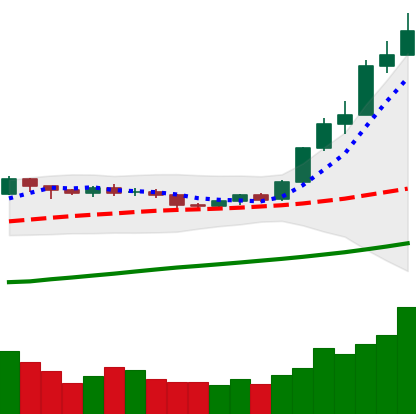
Ticker: ETH-USD
Chart end date: 2020-07-27
Forward return: 19.808%
Label: up_7plus